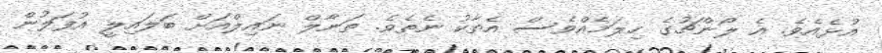
އުޅެއެވެ. އެ ލޯންޗުގެ ހިލަމެއްވެސް އެތާކު ނެތެވެ. ތަނާލް ނައިލްއަށް ބަލައިލީ އުފަލުން